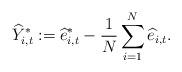
LaTeX: \begin{align*}\widehat{Y}_{i,t}^*:=\widehat{e}_{i,t}^*-\frac{1}{N}\sum_{i=1}^N\widehat{e}_{i,t}.\end{align*}